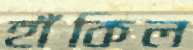
হাঁকিল